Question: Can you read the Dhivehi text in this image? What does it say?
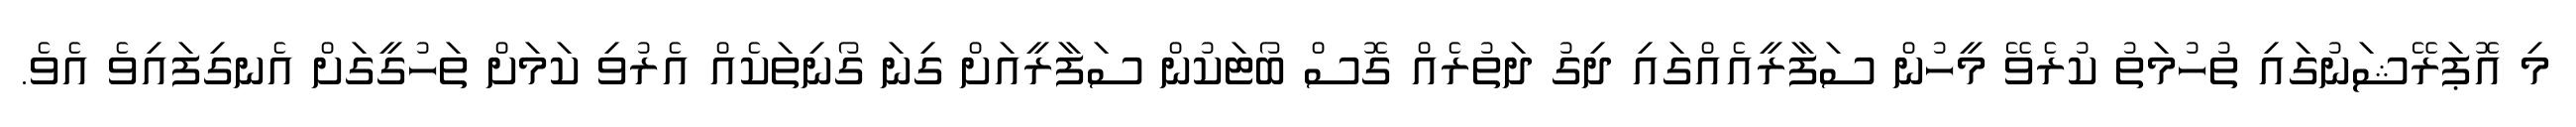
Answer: މި އޮޕަރޭޝަނުގައި ތުހުމަތު ކުރެވޭ މީހުން ސަފާރީއެއްގައި ދިގު ދަތުރެއް ގޮސް ބޯޓަކުން ސަފާރީއަށް ގިނަ ގޯނިތަކެއް އެރުވި ކަމަށް ތަހުގީގަށް އެނގިފައިވެ އެވެ.